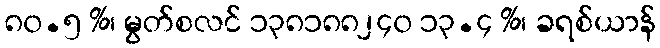
၈၀.၅ %၊ မွတ်စလင် ၁၃၈၁၈၈၂၄၀ ၁၃.၄ %၊ ခရစ်ယာန်